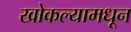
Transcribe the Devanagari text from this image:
खोकल्यामधून